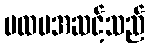
ပထမအဆင့်သည်